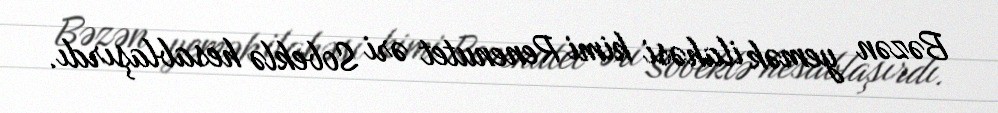
Bəzən yemək ilahəsi kimi Renenutet əri Sobeklə hesablaşırdı.